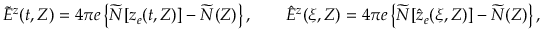
\widetilde { E } ^ { z } ( t , Z ) = 4 \pi e \left\{ \widetilde { N } [ z _ { e } ( t , Z ) ] - \widetilde { N } ( Z ) \right\} , \qquad \hat { E } ^ { z } ( \xi , Z ) = 4 \pi e \left\{ \widetilde { N } [ \hat { z } _ { e } ( \xi , Z ) ] - \widetilde { N } ( Z ) \right\} ,